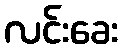
လင်းခေး